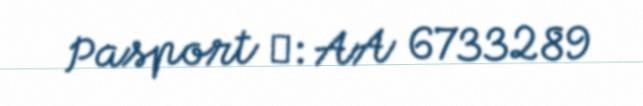
Pasport №: AA 6733289